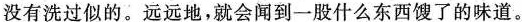
不知道说着些什么。